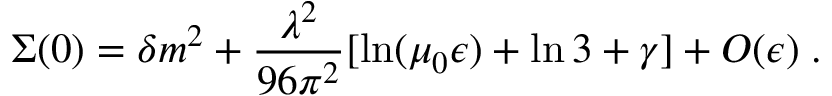
\Sigma ( 0 ) = \delta m ^ { 2 } + \frac { \lambda ^ { 2 } } { 9 6 \pi ^ { 2 } } [ \ln ( \mu _ { 0 } \epsilon ) + \ln 3 + \gamma ] + { \cal O } ( \epsilon ) \; .